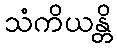
သံကိယန္တိ